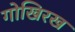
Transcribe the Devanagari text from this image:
गोखिरख